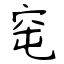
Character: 窀